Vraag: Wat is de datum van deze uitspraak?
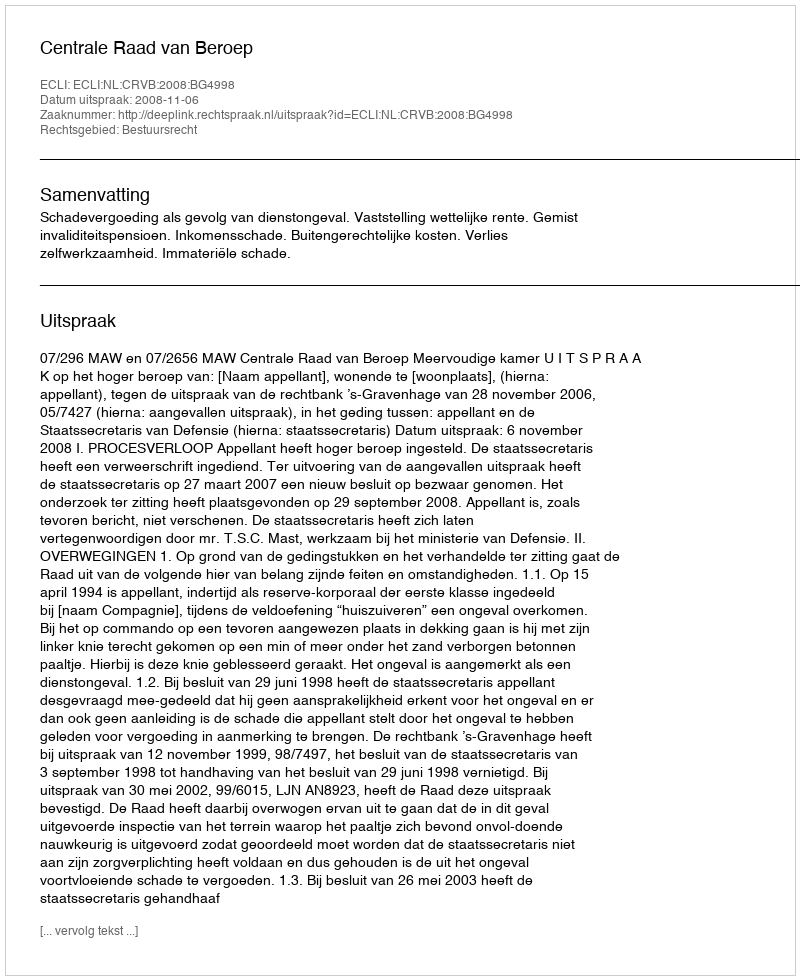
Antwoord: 2008-11-06